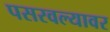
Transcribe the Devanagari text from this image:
पसरवल्यावर